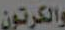
والكرتون